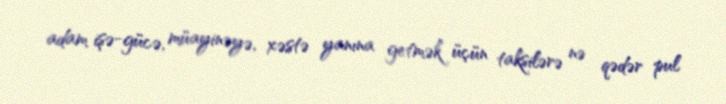
adam işə-gücə, müayinəyə, xəstə yanına getmək üçün taksilərə nə qədər pul